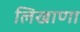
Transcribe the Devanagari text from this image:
लिखाणा